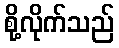
စို့လိုက်သည်